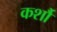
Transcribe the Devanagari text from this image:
कर्शौ